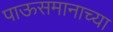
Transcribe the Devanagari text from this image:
पाऊसमानाच्या